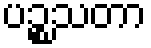
ပဉ္စသတာ